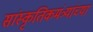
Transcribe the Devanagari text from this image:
सांस्कृतिकमंत्र्यांच्या